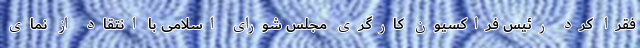
فقرا کرد رئیس فراکسیون کارگری مجلس شورای اسلامی با انتقاد از نمای